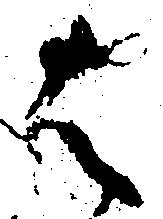
は